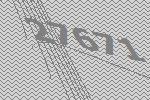
27671